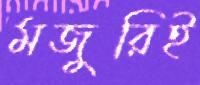
মজুরিই